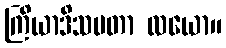
ကြိယာဒိသမတာ လယော။